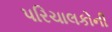
પરિચાલકોની